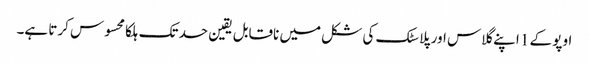
اوپو کے 1 اپنے گلاس اور پلاسٹک کی شکل میں ناقابل یقین حد تک ہلکا محسوس کرتا ہے۔